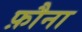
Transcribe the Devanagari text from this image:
फ़ौना